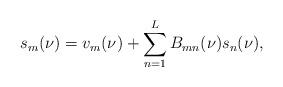
LaTeX: \begin{align*}s_m(\nu)=v_m(\nu)+\sum_{n=1}^LB_{mn}(\nu)s_n(\nu),\end{align*}